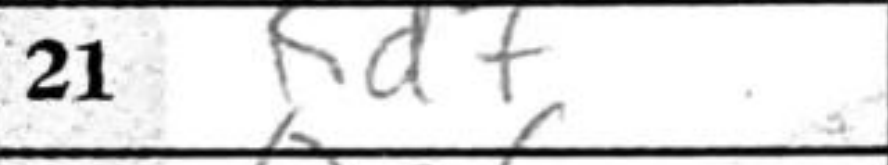
Transcription: Rd7